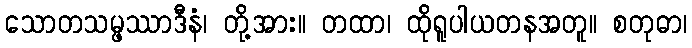
သောတသမ္ဖဿာဒီနံ၊ တို့အား။ တထာ၊ ထိုရူပါယတနအတူ။ စတုဓာ၊